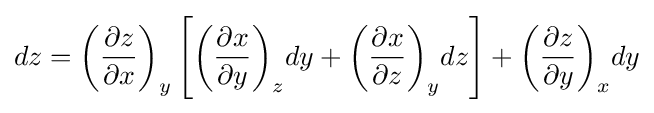
dz={\left({\frac {\partial z}{\partial x}}\right)}_{y}\left[{\left({\frac {\partial x}{\partial y}}\right)}_{z}dy+{\left({\frac {\partial x}{\partial z}}\right)}_{y}dz\right]+{\left({\frac {\partial z}{\partial y}}\right)}_{x}dy